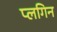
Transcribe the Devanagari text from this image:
प्लगिन